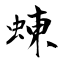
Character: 蝀